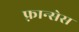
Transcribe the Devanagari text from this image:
फ़्रान्सेस